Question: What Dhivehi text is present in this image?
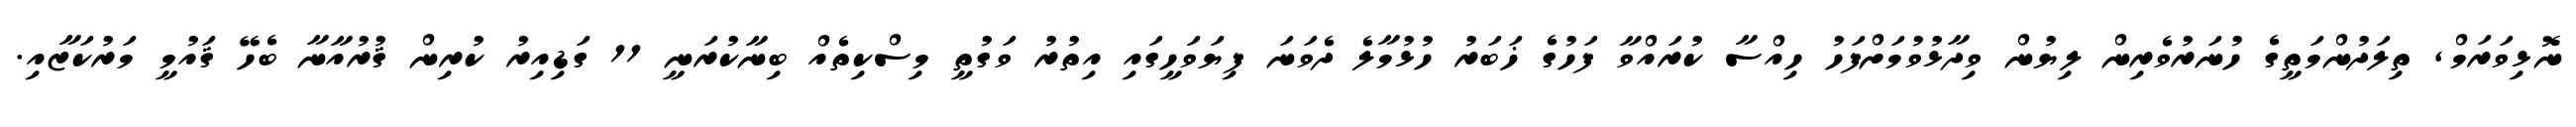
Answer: ނޮޅިވަރަމް, ތިލަދުންމަތީގެ ހުނަރުވެރިން ލިޔުން ވިދާޅުވުމަށްފަހު ހިއްސާ ކުރައްވާ ފަހުގެ ޚަބަރު ހުޅުމާލެ ދެވަނަ ފިޔަވަހީގައި އިތުރު ވަގުތީ މިސްކިތެއް ބިނާކުރަނީ 11 ގަޑިއިރު ކުރިން ޤުރުއާނާ ބެހޭ ޤައުމީ މަރުކަޒާއި.